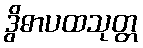
ဒွိဓာပထသုတ္တ